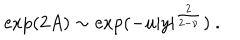
\exp ( 2 A ) \sim \exp ( - u | y | ^ { \frac { 2 } { 2 - \nu } } ) ~ .